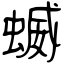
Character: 蝛